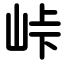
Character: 峠